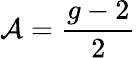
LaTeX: \mathcal{A}={\frac{{g-2}}{{2}}}